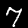
Digit: 7